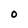
Character: o